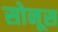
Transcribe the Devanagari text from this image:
सोनूस